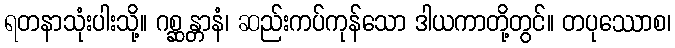
ရတနာသုံးပါးသို့။ ဂစ္ဆန္တာနံ၊ ဆည်းကပ်ကုန်သော ဒါယကာတို့တွင်။ တပုဿောစ၊